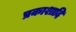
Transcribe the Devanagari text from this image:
प्रकाशादि